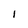
Character: I